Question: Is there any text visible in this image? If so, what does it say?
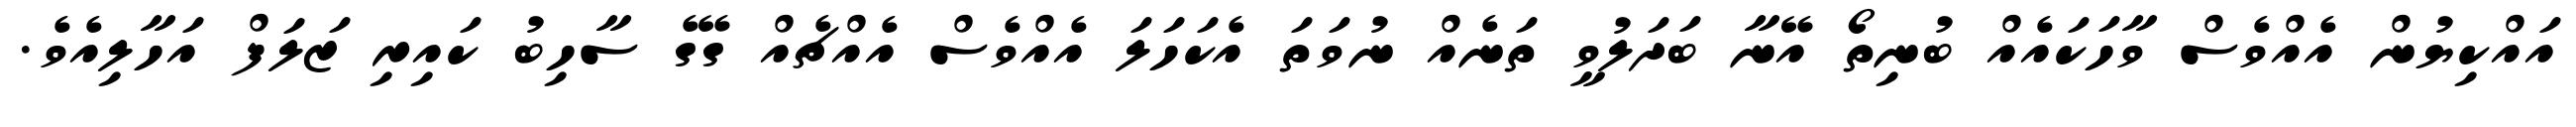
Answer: އައްކިޔުން އެއްވެސް ވާހަކައެއް ބުނިތޯ އޭނާ ބަދަލުވީ ތަނެއް ނުވަތަ އެކަހަލަ އެއްވެސް އެއްޗެއް ގޭގެ ސާހިބު ކައިރި ޒަލަފް އަހާލިއެވެ.